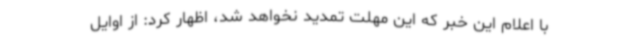
با اعلام این خبر که این مهلت تمدید نخواهد شد، اظهار کرد: از اوایل